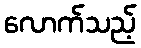
လောက်သည့်